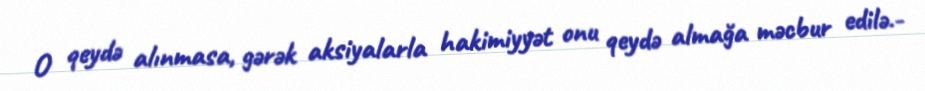
O qeydə alınmasa, gərək aksiyalarla hakimiyyət onu qeydə almağa məcbur edilə.-